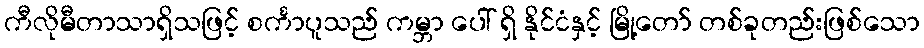
ကီလိုမီတာသာရှိသဖြင့် စင်္ကာပူသည် ကမ္ဘာ ပေါ် ရှိ နိုင်ငံနှင့် မြို့တော် တစ်ခုတည်းဖြစ်သော